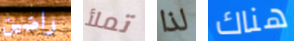
راضين تملأ لذا هناك